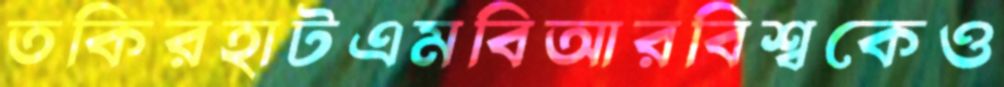
তকিরহাটএমবিআরবিশ্বকেও